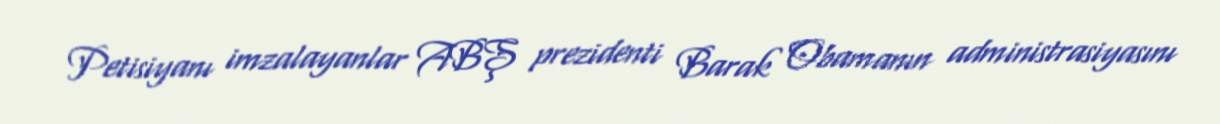
Petisiyanı imzalayanlar ABŞ prezidenti Barak Obamanın administrasiyasını